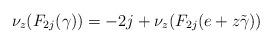
LaTeX: \begin{align*}\nu_z(F_{2j}(\gamma)) = -2j + \nu_z(F_{2j}(e + z \tilde{\gamma}))\end{align*}